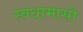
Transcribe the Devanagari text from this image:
स्वधामासी